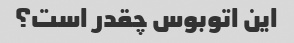
این اتوبوس چقدر است؟